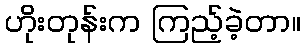
ဟိုးတုန်းက ကြည့်ခဲ့တာ။